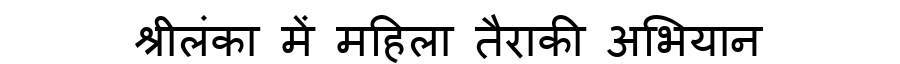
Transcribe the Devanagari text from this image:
श्रीलंका में महिला तैराकी अभियान